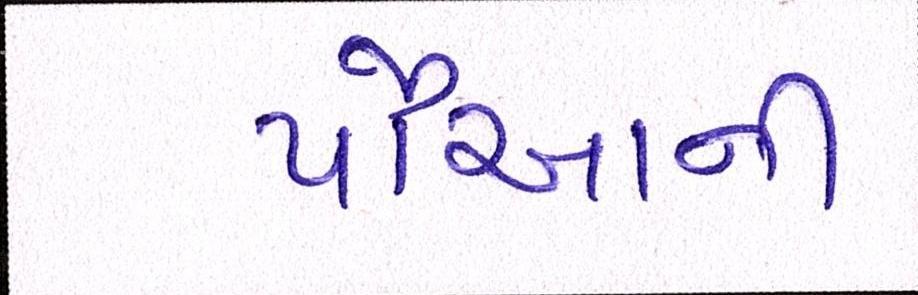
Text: પૌઆની